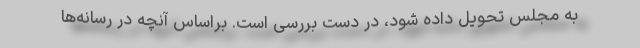
به مجلس تحویل داده شود، در دست بررسی است. براساس آنچه در رسانه‌ها